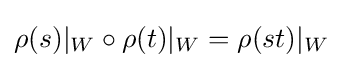
\rho (s)|_{W}\circ \rho (t)|_{W}=\rho (st)|_{W}